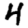
Digit: 4